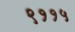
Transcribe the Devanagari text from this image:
९११५